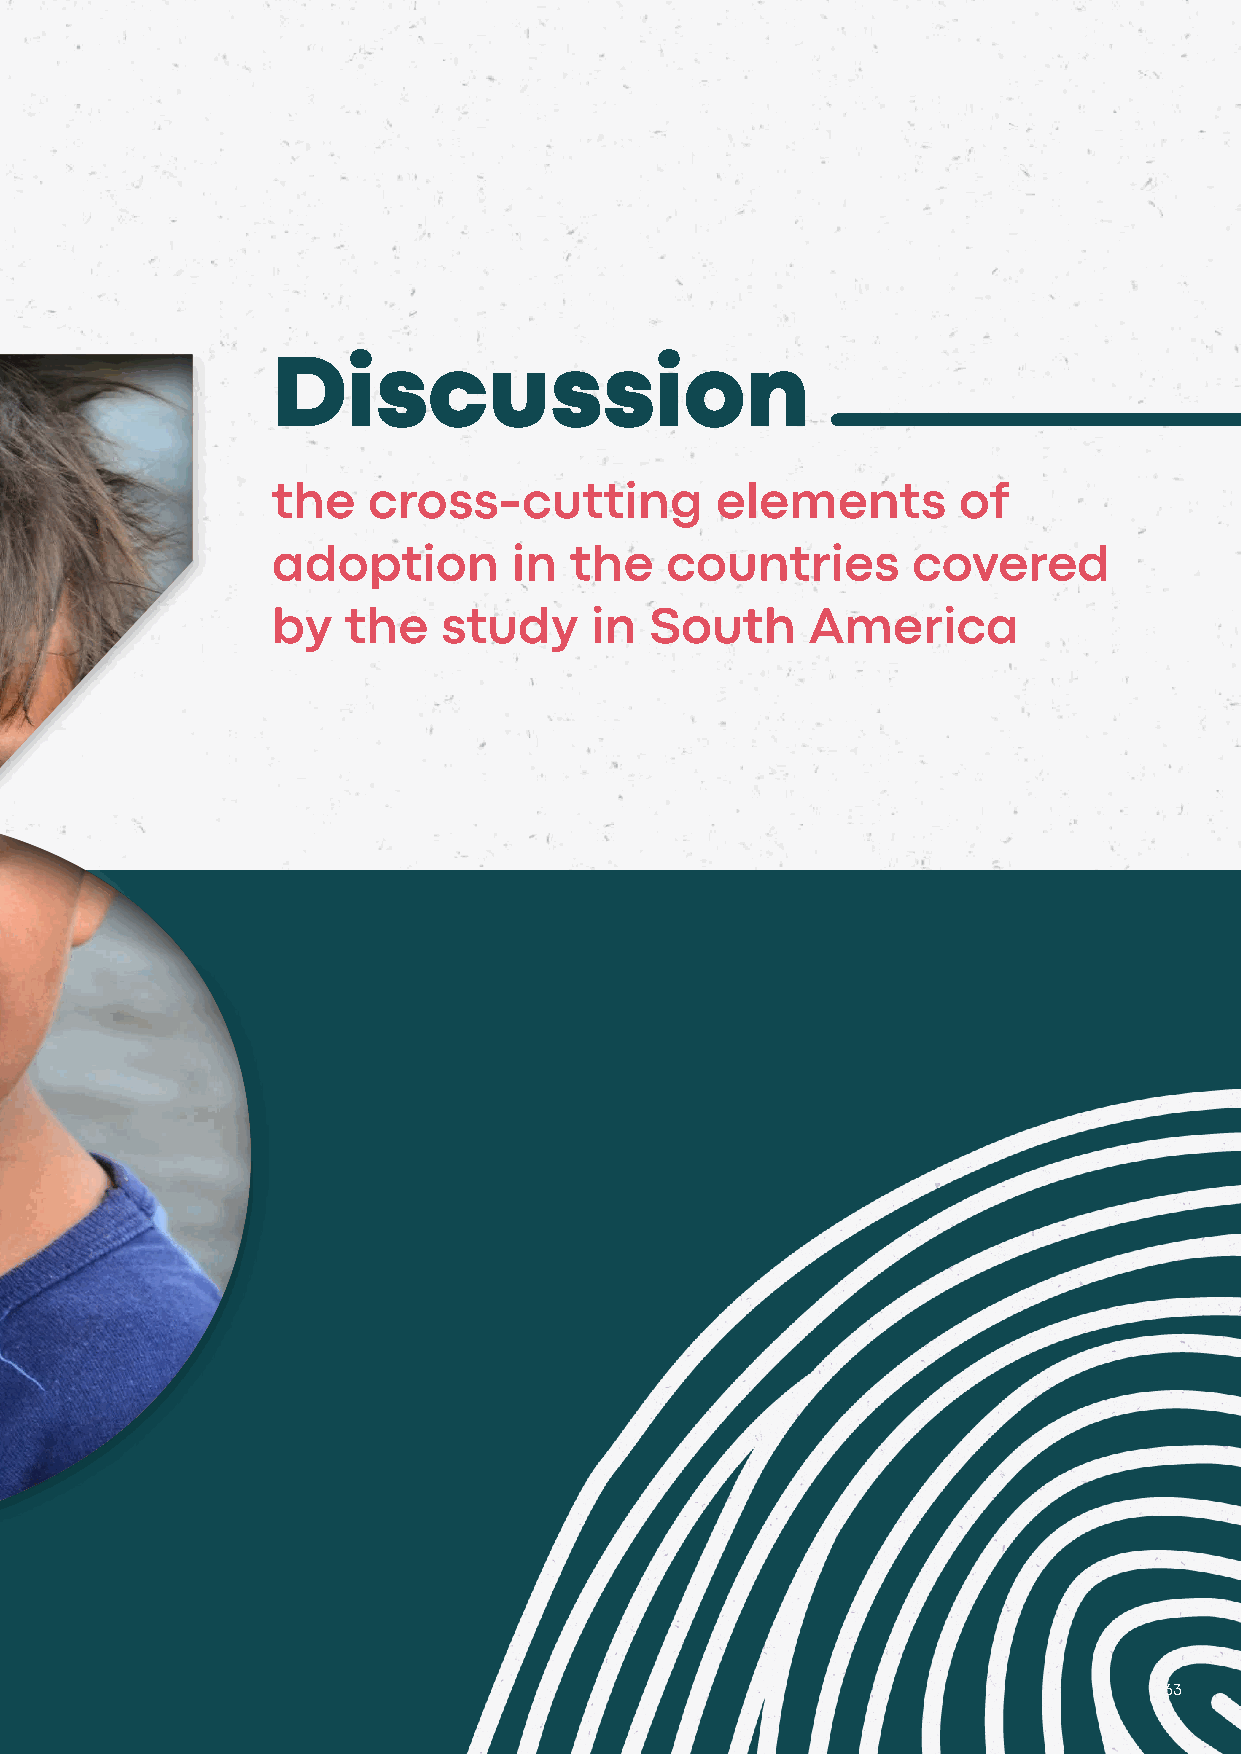
Discussion
 the   cross-cutting          elements        of
 adoption        in  the   countries       covered
 by   the   study     in  South      America
 63